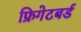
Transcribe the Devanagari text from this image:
फ्रिगेटबर्ड